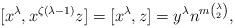
LaTeX: \begin{align*}[x^\lambda,x^{\zeta(\lambda-1)}z] = [x^\lambda,z] = y^\lambda n^{m{\lambda \choose 2}},\end{align*}